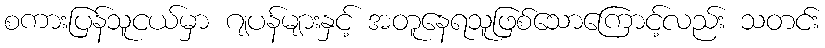
စကားပြန်သူငယ်မှာ ဂျပန်များနှင့် အတူနေရသူဖြစ်သောကြောင့်လည်း သတင်း